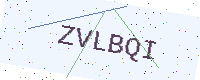
Text: ZVLBQI